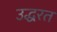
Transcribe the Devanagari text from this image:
उद्धरत